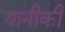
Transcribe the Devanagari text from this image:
यानीकी